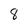
Character: 8